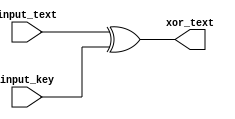
`timescale 1ns / 1ps

module Add_round_key(
    input  [63:0] input_text,
    input  [63:0] input_key,
    output [63:0] xor_text
);

assign xor_text = input_text ^ input_key;

endmodule